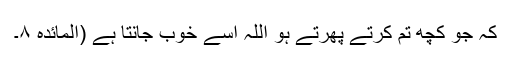
کہ جو کچھ تم کرتے پھرتے ہو اللہ اسے خوب جانتا ہے (المائدہ ۸۔